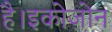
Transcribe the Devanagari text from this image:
है।इकोज़ोन